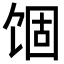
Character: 𬲾